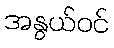
အနွယ်ဝင်